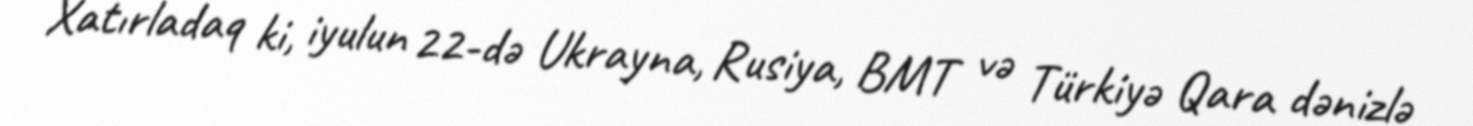
Xatırladaq ki, iyulun 22-də Ukrayna, Rusiya, BMT və Türkiyə Qara dənizlə